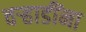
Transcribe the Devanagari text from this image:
वऱ्हाडींना